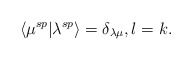
\begin{align*}\langle \mu^{sp}|\lambda^{sp}\rangle=\delta_{\lambda\mu}, l=k.\end{align*}